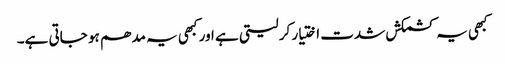
کبھی یہ کشمکش شدت اختیار کر لیتی ہے اور کبھی یہ مدھم ہو جاتی ہے۔